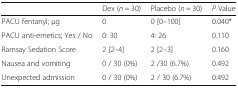
<table><thead><tr><td></td><td><b>Dex (<i>n</i> = 30)</b></td><td><b>Placebo (<i>n</i> = 30)</b></td><td><b><i>P</i> Value</b></td></tr></thead><tbody><tr><td>PACU fentanyl; μg</td><td>0</td><td>0 [0–100]</td><td>0.040*</td></tr><tr><td>PACU anti-emetics; Yes / No</td><td>0: 30</td><td>4: 26</td><td>0.110</td></tr><tr><td>Ramsay Sedation Score</td><td>2 [2–4]</td><td>2 [2–3]</td><td>0.160</td></tr><tr><td>Nausea and vomiting</td><td>0 / 30 (0%)</td><td>2 /30 (6.7%)</td><td>0.492</td></tr><tr><td>Unexpected admission</td><td>0 / 30 (0%)</td><td>2 / 30 (6.7%)</td><td>0.492</td></tr></tbody></table>